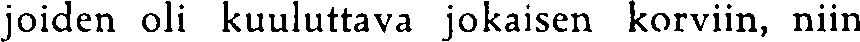
joiden oli kuuluttava jokaisen korviin, niin